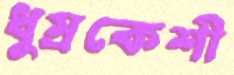
ধুম্রকেশী